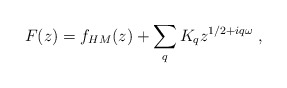
\begin{align*}F(z)=f_{HM}(z)+\sum_qK_q z^{1/2+iq\omega}\ ,\end{align*}